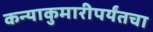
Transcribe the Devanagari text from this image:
कन्याकुमारीपर्यंतचा